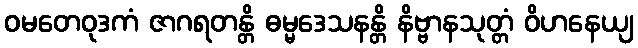
ဝမတေဝုဒကံ ဇာဂရတန္တိ ဓမ္မဒေသနန္တိ နိဗ္ဗာနသုတ္တံ ဝိဟနေယျ